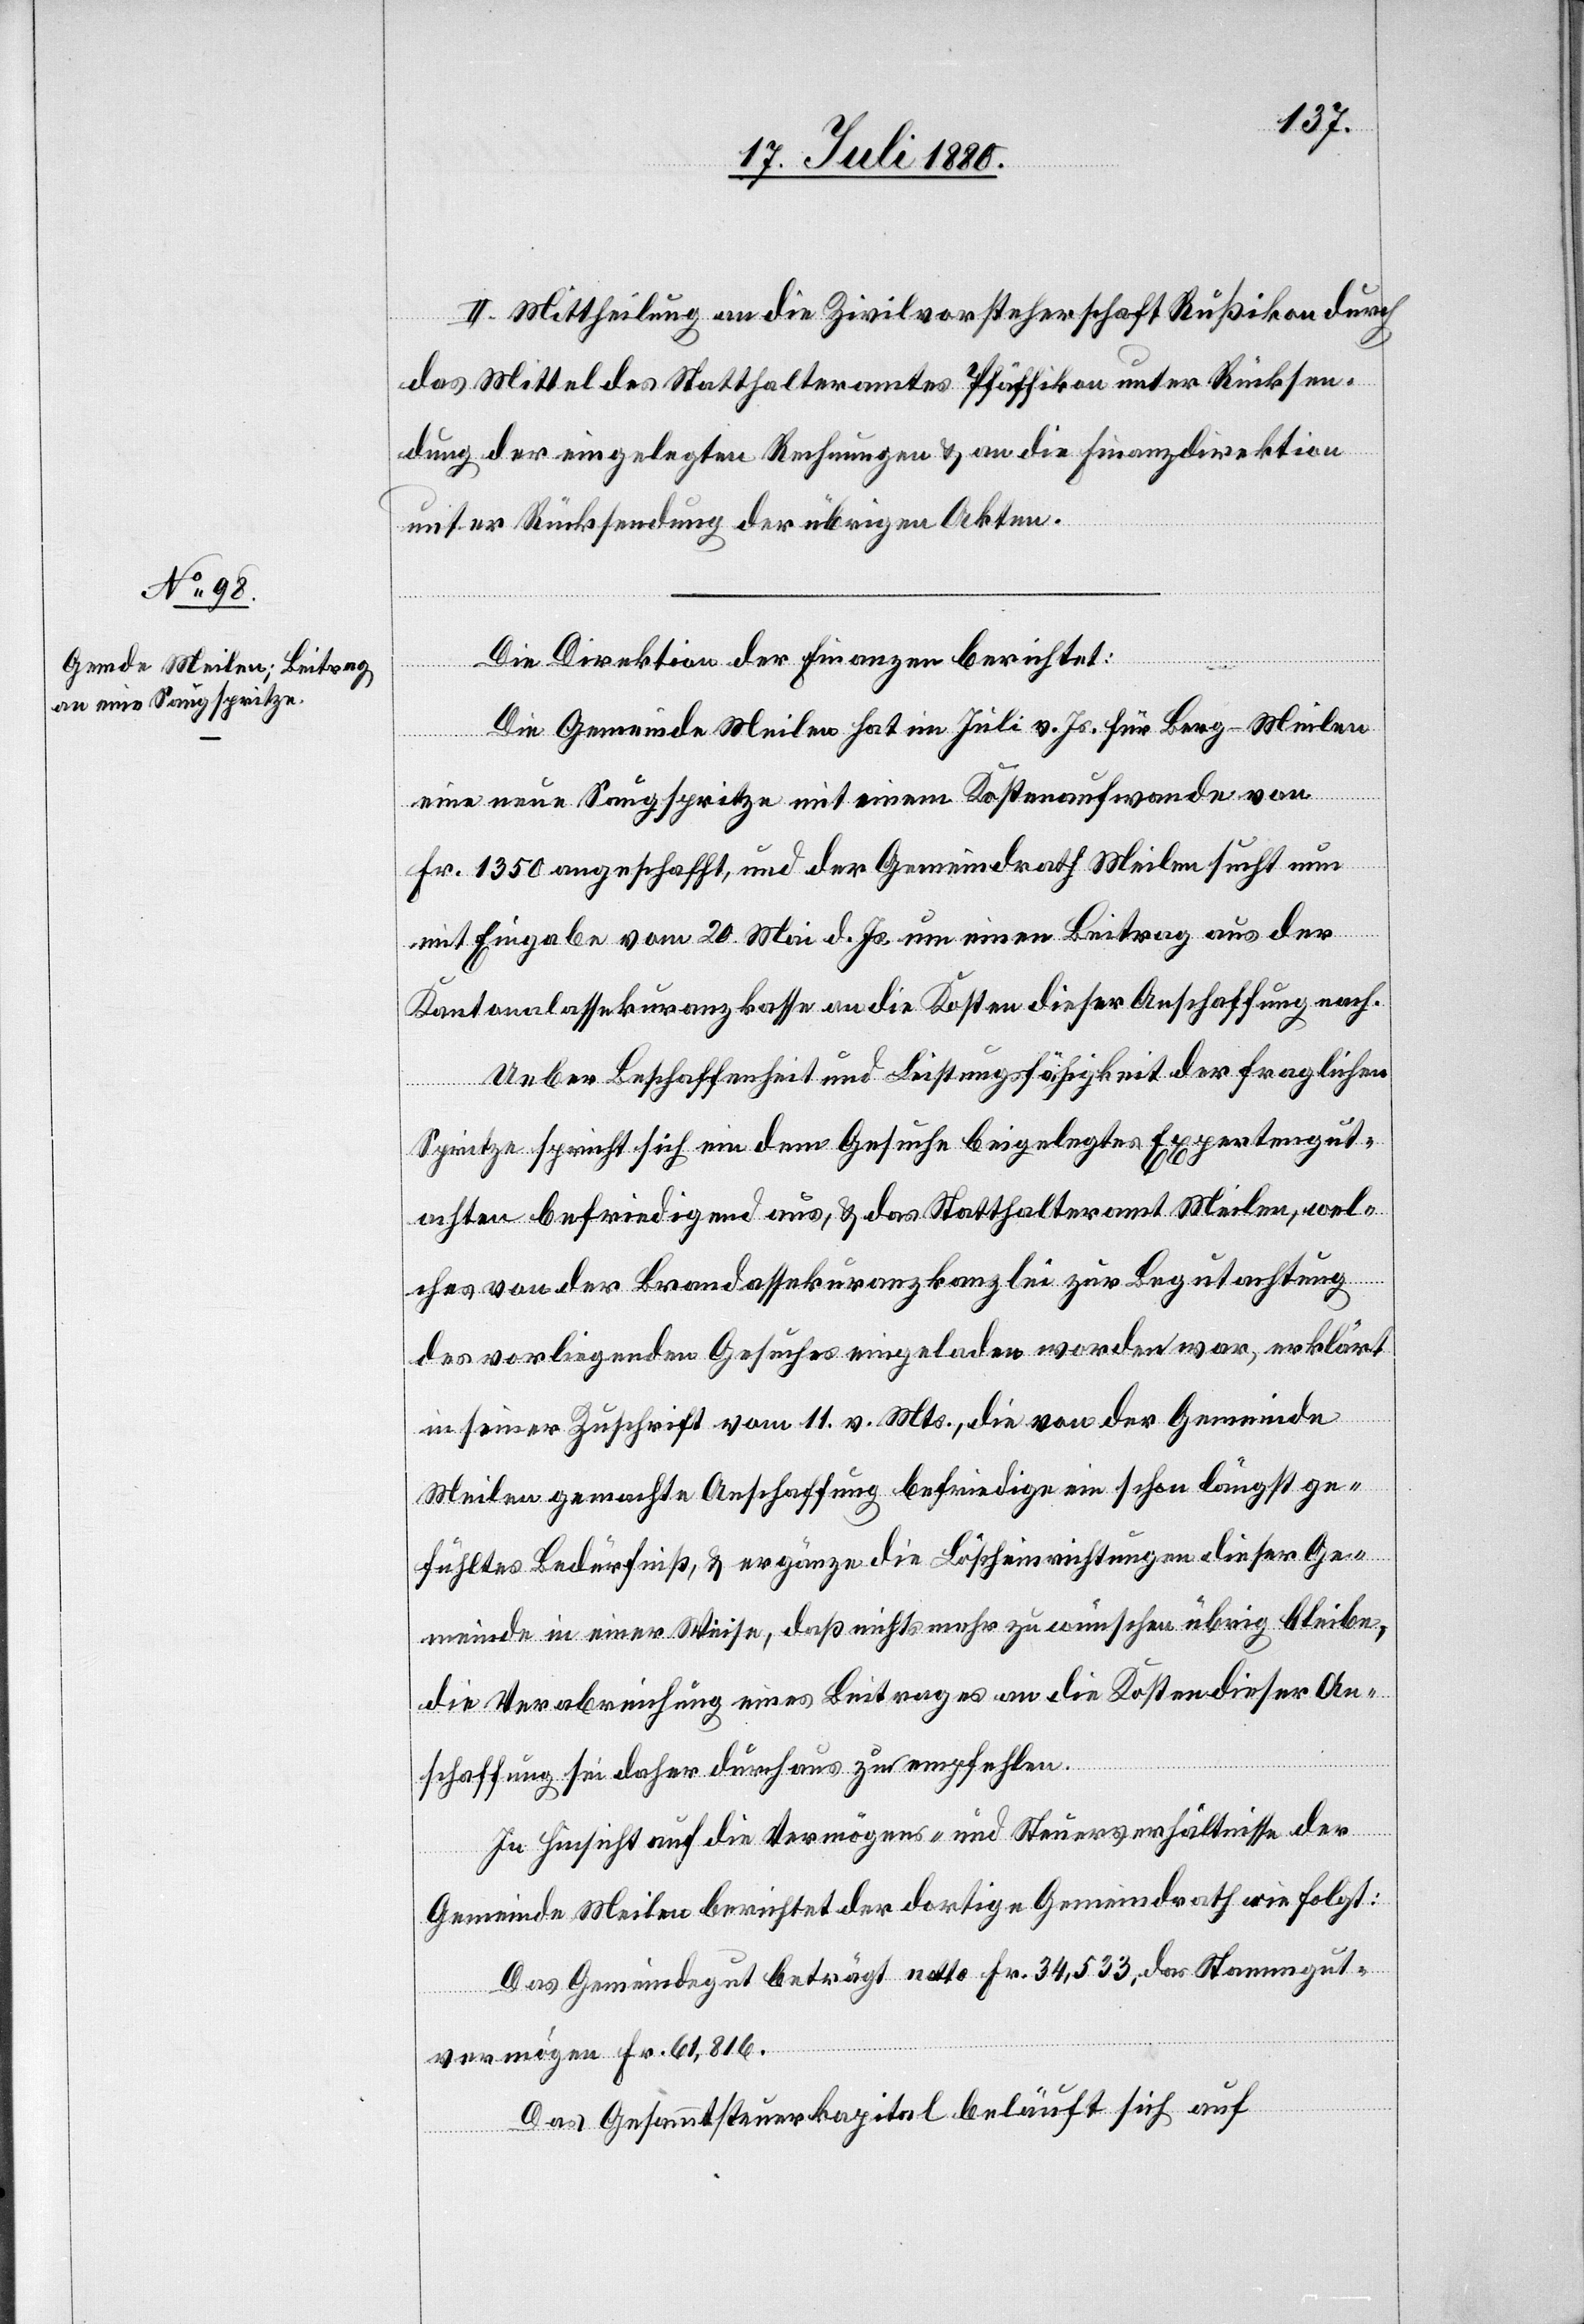
II. Mittheilung an die Zivilvorsteherschaft Rußikon durch
das Mittel des Statthalteramtes Pfäffikon unter Rücksen¬
dung der eingelegten Rechnungen & an die Finanzdirektion
unter Rücksendung der übrigen Akten.
Die Direktion der Finanzen berichtet:
Die Gemeinde Meilen hat im Juli v. Js. für Berg - Meilen
eine neue Saugspritze mit einem Kostenaufwande von
Fr. 1350 angeschafft, und der Gemeindrath Meilen sucht nun
mit Eingabe vom 20. Mai d. Js. um einen Beitrag aus der
Kantonalassekuranzkasse an die Kosten dieser Anschaffung nach.
Ueber Beschaffenheit und Leistungsfähigkeit der fraglichen
Spritze spricht sich ein dem Gesuche beigelegten Expertengut¬
achten befriedigend aus, & das Statthalteramt Meilen, wel¬
ches von der Brandassekuranzkanzlei zur Begutachtung
des vorliegenden Gesuches eingeladen worden war, erklärt
in seiner Zuschrift vom 11. v. Mts., die von der Gemeinde
Meilen gemachte Anschaffung befriedige ein schon längst ge¬
fühltes Bedürfniß, & ergänze die Löscheinrichtungen dieser Ge¬
meinde in einer Weise, daß nichts mehr zu wünschen übrig bleibe,
die Verabreichung eines Beitrages an die Kosten dieser An¬
schaffung sei daher durchaus zu empfehlen.
In Hinsicht auf die Vermögens- und Steuerverhältnisse der
Gemeinde Meilen berichtet der dortige Gemeindrath wie folgt:
Das Gemeindegut beträgt netto Fr. 34,533, das Steuergut¬
vermögen Fr. 61,816.
Das Gesammtsteuerkapital beläuft sich auf